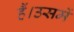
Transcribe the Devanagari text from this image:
हैं।उसमें